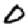
Digit: 0